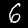
Digit: 6